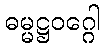
ဓမ္မဋ္ဌဝဂ္ဂေါ